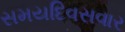
સમયદિવસવાર